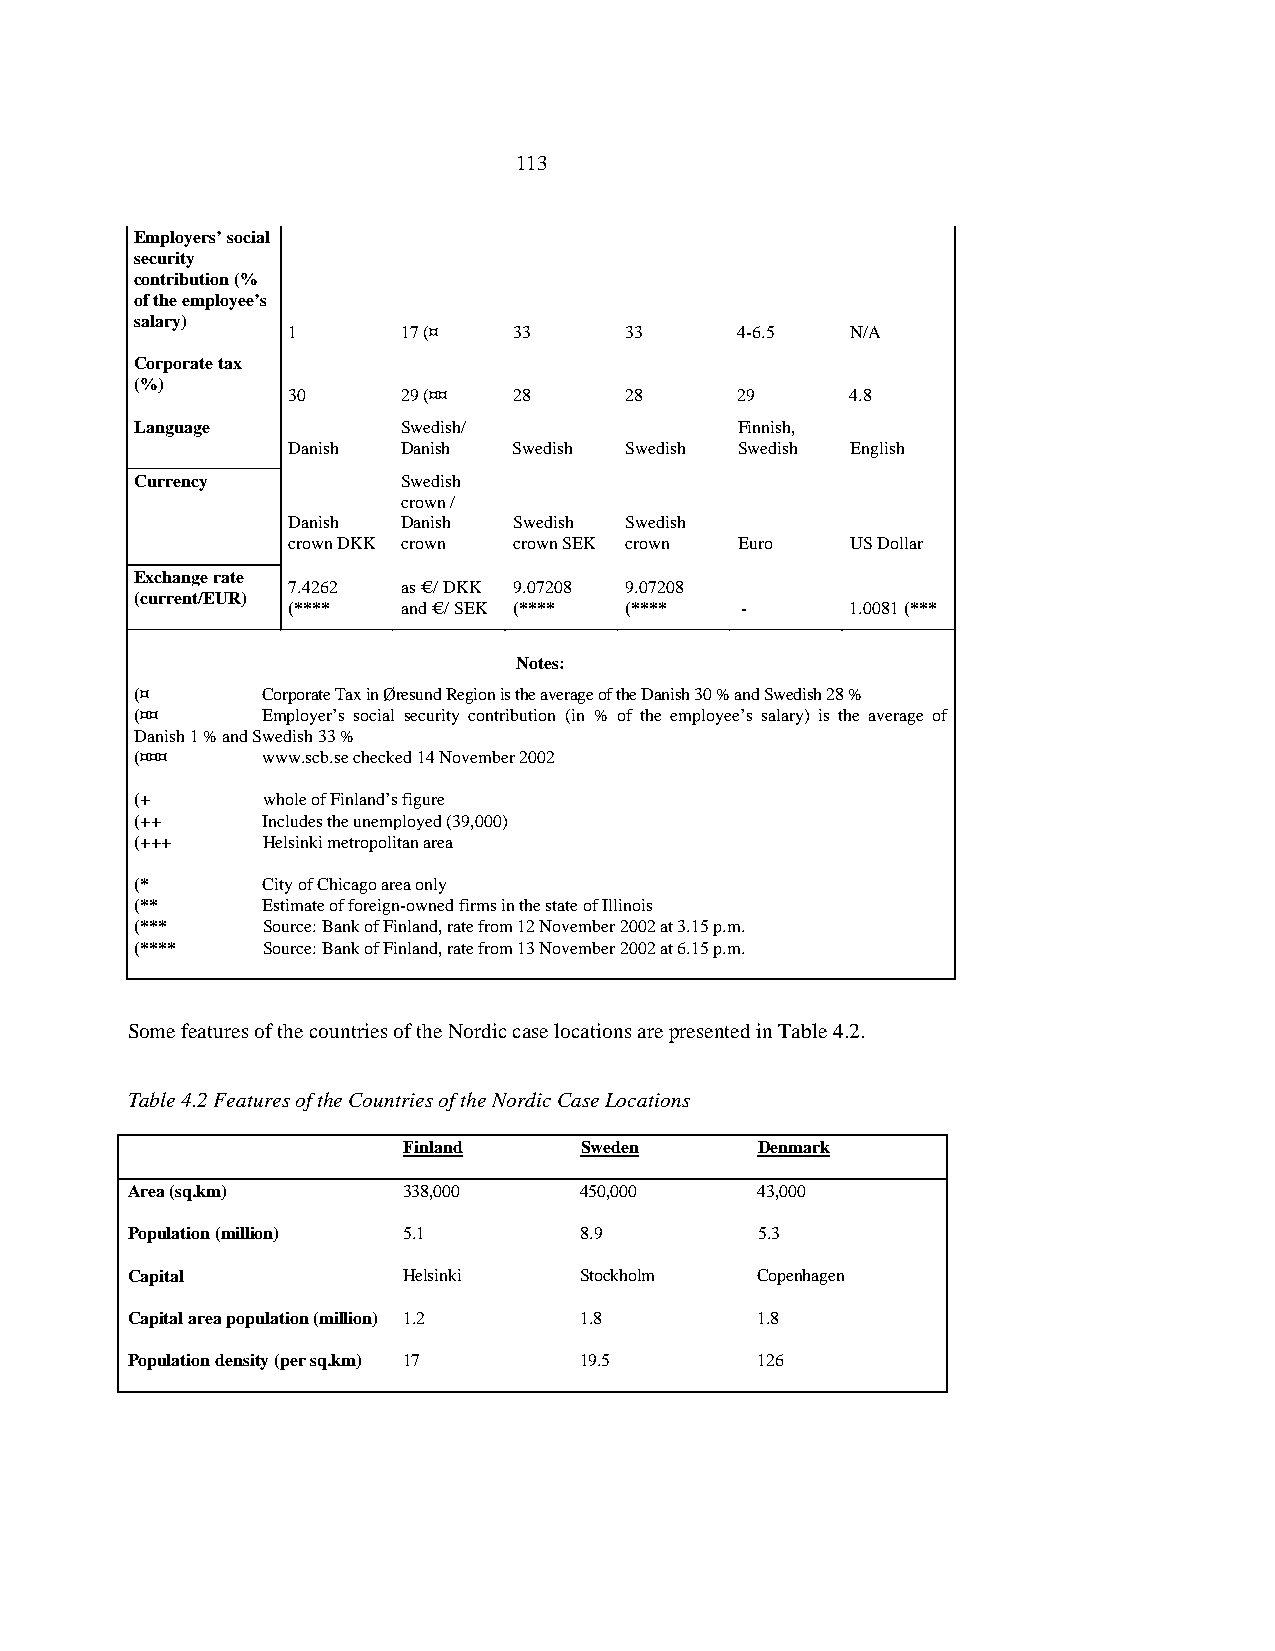
113
 Employers’ social
 security
 contribution (%
 of the employee’s
 salary)
 1       17 (¤  33     33      4-6.5  N/A
 Corporate tax
 (%)
 30      29 (¤¤ 28     28      29     4.8
 Language          Swedish/              Finnish,
 Danish  Danish Swedish Swedish Swedish English
 Currency          Swedish
 crown /
 Danish  Danish Swedish Swedish
 crown DKK crown crown SEK crown Euro US Dollar
 Exchange rate
 7.4262  as € / DKK 9.07208 9.07208
 (current/EUR)
 (****   and € / SEK (**** (**** -    1.0081 (***
 Notes:
 (¤      Corporate Tax in Øresund Region is the average of the Danish 30 % and Swedish 28 %
 (¤¤     Employer’s social security contribution (in % of the employee’s salary) is the average of
 Danish 1 % and Swedish 33 %
 (¤¤¤    www.scb.se checked 14 November 2002
 (+      whole of Finland’s figure
 (++     Includes the unemployed (39,000)
 (+++    Helsinki metropolitan area
 (*      City of Chicago area only
 (**     Estimate of foreign-owned firms in the state of Illinois
 (***    Source: Bank of Finland, rate from 12 November 2002 at 3.15 p.m.
 (****   Source: Bank of Finland, rate from 13 November 2002 at 6.15 p.m.
 Some features of the countries of the Nordic case locations are presented in Table 4.2.
 Table 4.2 Features of the Countries of the Nordic Case Locations
 Finland    Sweden      Denmark
 Area (sq.km)       338,000    450,000     43,000
 Population (million) 5.1      8.9         5.3
 Capital            Helsinki   Stockholm   Copenhagen
 Capital area population (million) 1.2 1.8 1.8
 Population density (per sq.km) 17 19.5    126